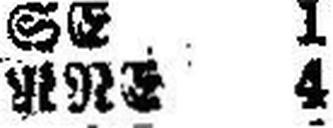
RRE 4